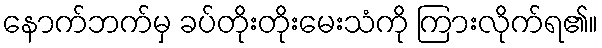
နောက်ဘက်မှ ခပ်တိုးတိုးမေးသံကို ကြားလိုက်ရ၏။